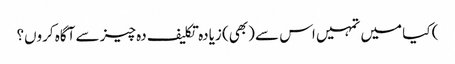
) کیا میں تمہیں اس سے (بھی) زیادہ تکلیف دہ چیز سے آگاہ کروں؟